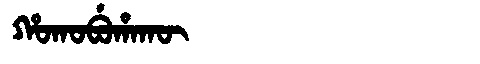
Manchu: ᡥᠣᡴᠣᠪᡠᡥᠠᡴᡡ
Romanization: HOKOBUHAKŪ